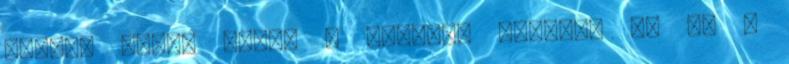
Nuys-i Sound City, a malibui Shangri La és a